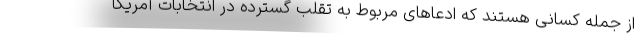
از جمله کسانی هستند که ادعاهای مربوط به تقلب گسترده در انتخابات آمریکا